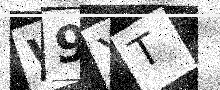
Text: W9YT